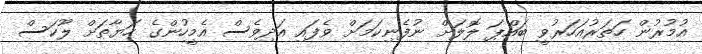
އުމުރުން ހަތަރުއަހަރުވީ ބައްޕަ ލޮލަށް ނުފެނިކަމަށް ވެފައި އަދިވެސް އެމީހުންގެ ހަޔާތަށް ލޫކަސް